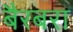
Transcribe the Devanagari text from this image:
बैरबरा